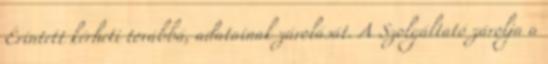
Érintett kérheti továbbá, adatainak zárolását. A Szolgáltató zárolja a